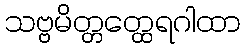
သဗ္ဗမိတ္တတ္ထေရဂါထာ